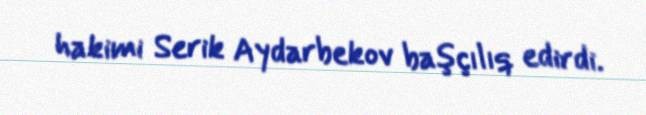
hakimi Serik Aydarbekov başçılıq edirdi.